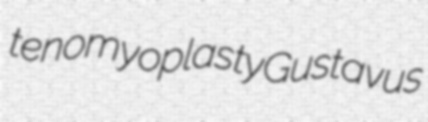
tenomyoplasty Gustavus